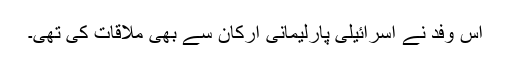
اس وفد نے اسرائیلی پارلیمانی ارکان سے بھی ملاقات کی تھی۔